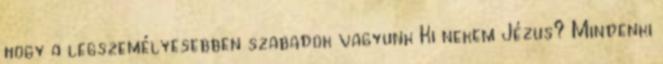
hogy a legszemélyesebben szabadok vagyunk Ki nekem Jézus? Mindenki